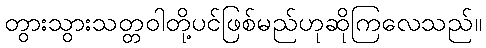
တွားသွားသတ္တဝါတို့ပင်ဖြစ်မည်ဟုဆိုကြလေသည်။